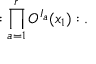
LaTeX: : \prod _ { a = 1 } ^ { r } O ^ { I _ { a } } ( x _ { 1 } ) : .